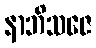
နာဘိသဇေ